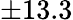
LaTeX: \pm 13.3